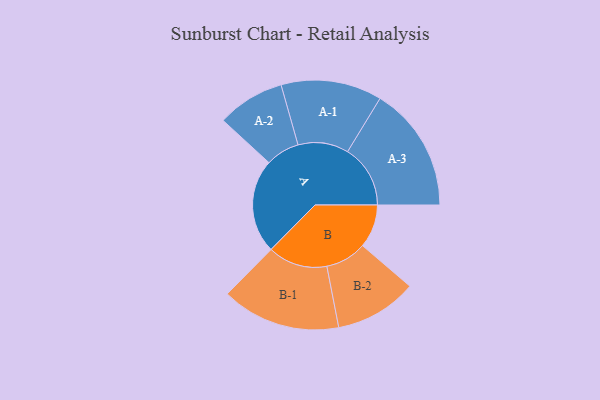
{"axis": {"x": "Segment", "y": "Value"}, "legend": ["", "A", "B"], "data": [{"x": "A", "y": 384, "type": ""}, {"x": "B", "y": 177, "type": ""}, {"x": "A-1", "y": 206, "type": "A"}, {"x": "A-2", "y": 138, "type": "A"}, {"x": "A-3", "y": 256, "type": "A"}, {"x": "B-1", "y": 243, "type": "B"}, {"x": "B-2", "y": 168, "type": "B"}]}